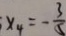
x _ { 4 } = - \frac { 3 } { 5 }